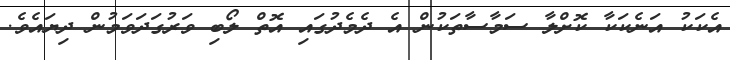
އެކަކު އަނެކަކާ ކޮށްލާ ސަމާސާތަކުން އެ ދެމެދުގައި އޮތް ލޯބި ވަރުގަދަވަމުން ދިޔައެވެ.